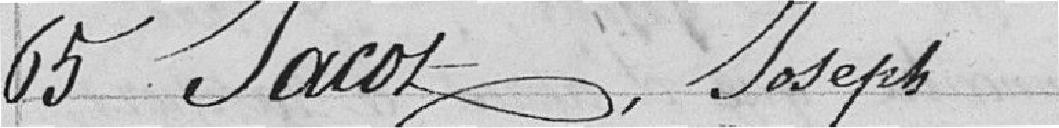
65 Jabot, Joseph